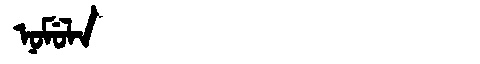
Manchu: ᠨᠣᠮᡠᠯᠠ
Romanization: NOMULA